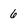
Character: 6